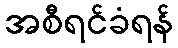
အစီရင်ခံရန်